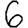
Digit: 6